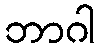
ဘာဂါ